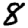
Digit: 8